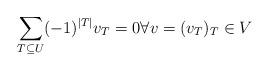
LaTeX: \begin{align*}\sum_{T\subseteq U} (-1)^{|T|} v_T=0 \forall v=(v_T)_T\in V \end{align*}